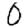
Digit: 0